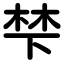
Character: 梺